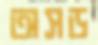
অসড